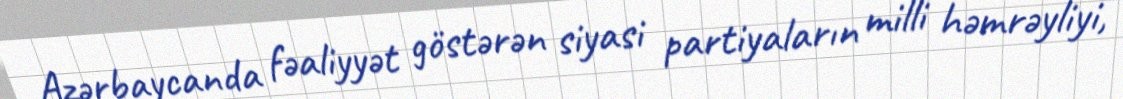
Azərbaycanda fəaliyyət göstərən siyasi partiyaların milli həmrəyliyi,